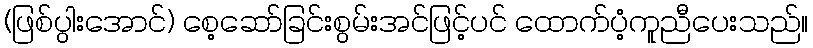
(ဖြစ်ပွါးအောင်) စေ့ဆော်ခြင်းစွမ်းအင်ဖြင့်ပင် ထောက်ပံ့ကူညီပေးသည်။